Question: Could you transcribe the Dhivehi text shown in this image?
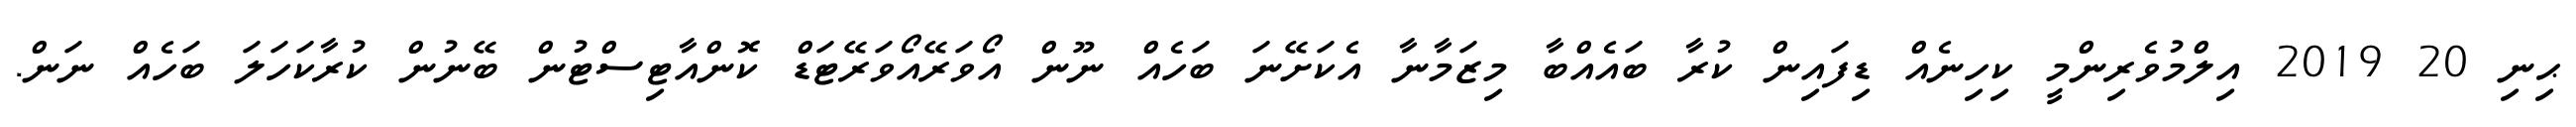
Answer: ޙިނި 20 2019 އިލްމުވެރިންމީ ކިހިނެއް ޑިފައިން ކުރާ ބައެއްބާ މިޒަމާނާ އެކަށޭނަ ބަހެއް ނޫން އޯވަރޭއޯވަރޭޓަޑް ކޮންއާޓިސްޓުން ބޭނުން ކުރާކަހަލަ ބަހެއް ނަން.